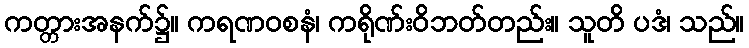
ကတ္တားအနက်၌။ ကရဏဝစနံ၊ ကရိုဏ်းဝိဘတ်တည်း။ သူတိ ပဒံ၊ သည်။